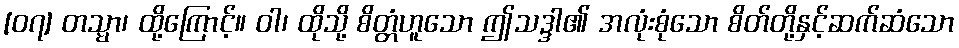
[၀၇] တသ္မာ၊ ထို့ကြောင့်။ ဝါ၊ ထိုသို့ စိတ္တံဟူသော ဤသဒ္ဒါ၏ အလုံးစုံသော စိတ်တို့နှင့်ဆက်ဆံသော